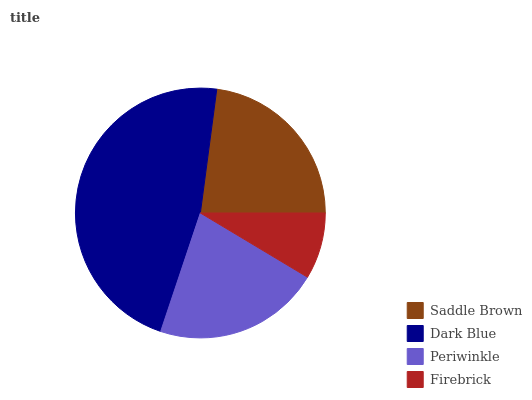
| Saddle Brown | Dark Blue | Periwinkle | Firebrick |
 | --- | --- | --- | --- |
 | 22.9% | 47% | 21.5% | 8.6% |